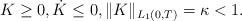
\begin{align*} K\geq 0,\dot K \leq 0, \| K\|_{L_1(0,T)}=\kappa<1.\end{align*}